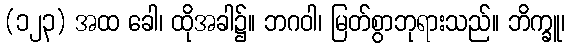
(၁၂၃) အထ ခေါ၊ ထိုအခါ၌။ ဘဂဝါ၊ မြတ်စွာဘုရားသည်။ ဘိက္ခူ၊